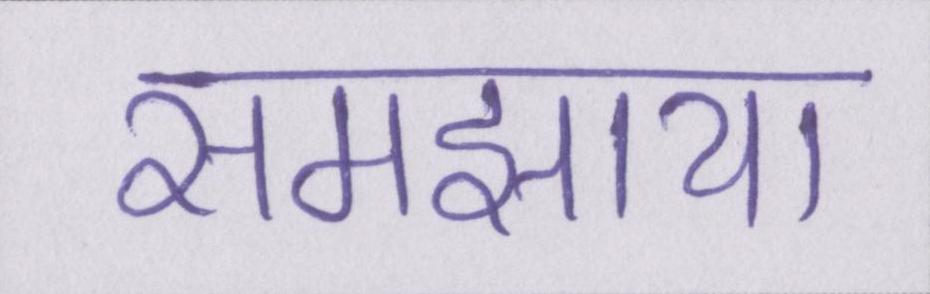
समझाया